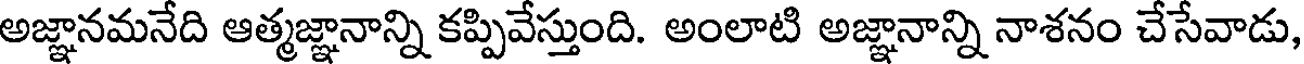
అజ్ఞానమనేది ఆత్మజ్ఞానాన్ని కప్పివేస్తుంది. అంలాటి అజ్ఞానాన్ని నాశనం చేసేవాడు,